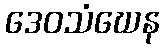
ဒေဝသံဃေန